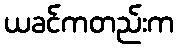
ယခင်ကတည်းက